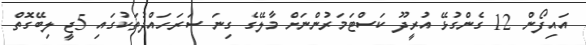
އައިފޯން 12 ގެންގުޅޭ އުރީދޫ ކަސްޓަމަރުންނަށް މާލޭގެ ގިނަ ސަރަހައްދުތަކުގައި 5ޖީ ލިބޭގޮތް